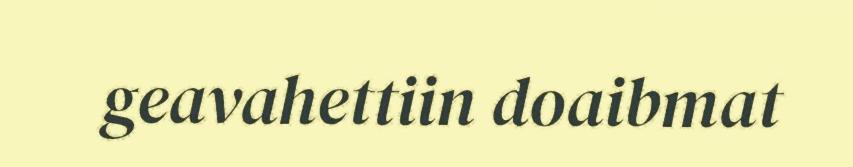
geavahettiin doaibmat